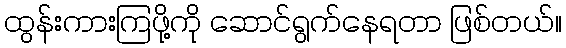
ထွန်းကားကြဖို့ကို ဆောင်ရွက်နေရတာ ဖြစ်တယ်။